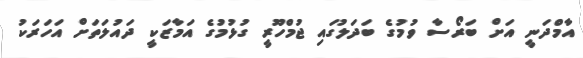
އާމްދަނީ އަށް ބަރޯސާ ވުމުގެ ބަދަލުގައި ޖުމްހޫރީ ގުޅުމުގެ އަމާޒަކީ ދައުލަތަށް އަހަރަކު